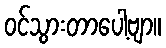
ဝင်သွားတာပေါ့ဗျာ။